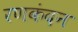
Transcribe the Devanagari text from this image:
रणकंदन